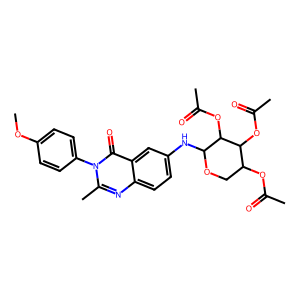
SMILES: COc1ccc(-n2c(C)nc3ccc(NC4OCC(OC(C)=O)C(OC(C)=O)C4OC(C)=O)cc3c2=O)cc1
Inhibits HIV replication: No